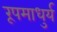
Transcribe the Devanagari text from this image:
रूपमाधुर्य